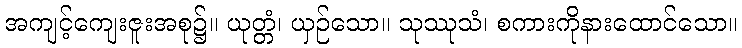
အကျင့်ကျေးဇူးအစု၌။ ယုတ္တံ၊ ယှဉ်သော။ သုဿုသံ၊ စကားကိုနားထောင်သော။